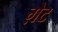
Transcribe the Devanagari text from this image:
ग़ेट